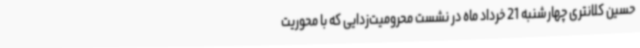
حسین کلانتری چهارشنبه 21 خرداد ماه در نشست محرومیت‌زدایی که با محوریت